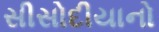
સીસોદીયાનો